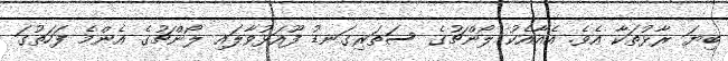
ބިޔަ ރާޅުތަކާ އެވެ. އެއާއެކު ލޯންޗުގެ ސަތަަރިގަނޑު ފޫއަޅުވާލައި ލޯންޗުގެ އެންމެ ފަހަތުގަ